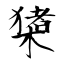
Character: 橥